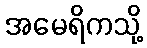
အမေရိကသို့